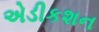
એડીકશન